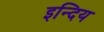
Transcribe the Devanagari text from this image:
इन्दिय